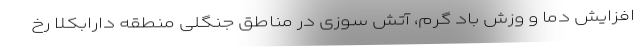
افزایش دما و وزش باد گرم، آتش سوزی در مناطق جنگلی منطقه دارابکلا رخ